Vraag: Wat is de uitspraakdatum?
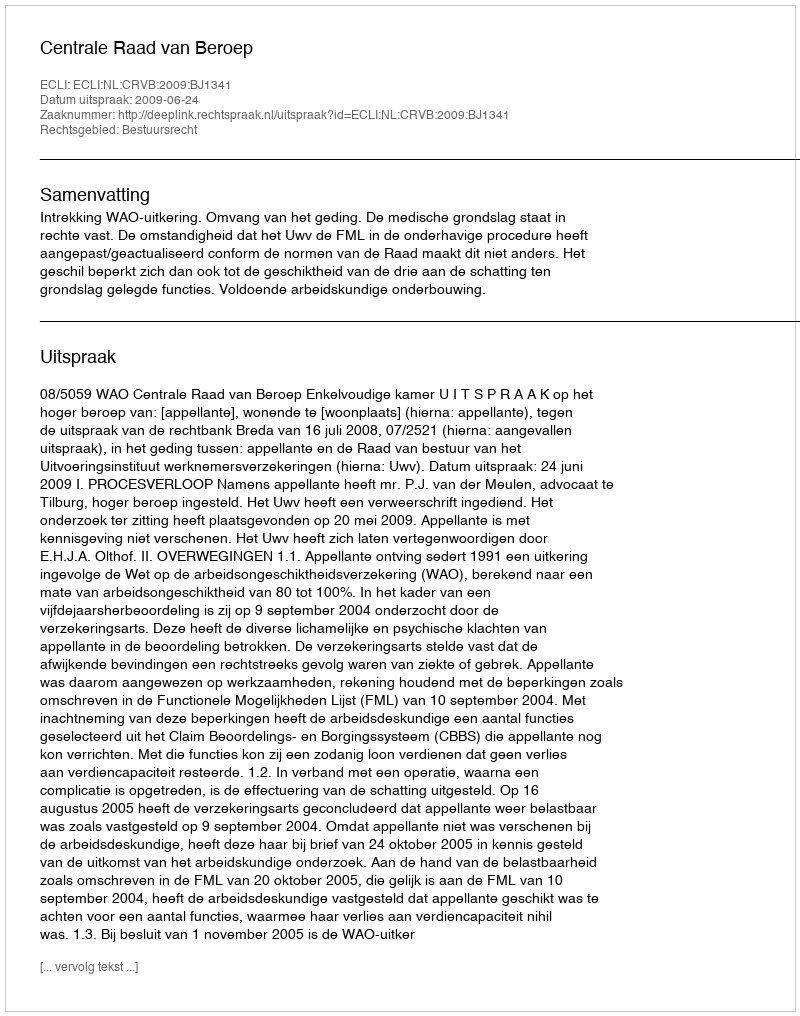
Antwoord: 2009-06-24